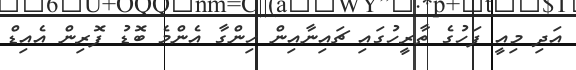
އަދި މިއީ ފަހުގެ ތާރީހުގައި ޗައިނާއިން ހިންގާ އެންމެ ބޮޑު ފޮރިން އެއިޑް